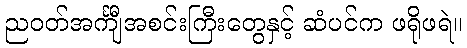
ညဝတ်အင်္ကျီအစင်းကြီးတွေနှင့် ဆံပင်က ဖရိုဖရဲ။